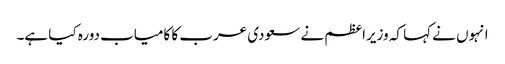
انہوں نے کہا کہ وزیراعظم نے سعودی عرب کا کامیاب دورہ کیا ہے۔